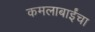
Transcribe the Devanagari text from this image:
कमलाबाईंचा